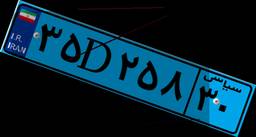
۳۵D۲۵۸۳۰